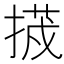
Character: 𭡷